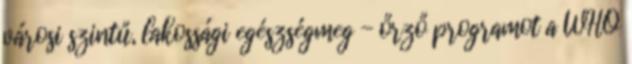
városi szintű, lakossági egészségmeg - őrző programot a WHO